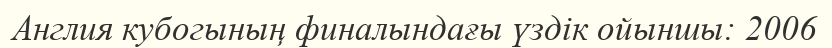
Англия кубогының финалындағы үздік ойыншы: 2006